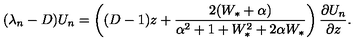
( \lambda _ { n } - D ) U _ { n } = \left( ( D - 1 ) z + \frac { 2 ( W _ { * } + \alpha ) } { \alpha ^ { 2 } + 1 + W _ { * } ^ { 2 } + 2 \alpha W _ { * } } \right) \frac { \partial U _ { n } } { \partial z } .